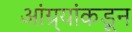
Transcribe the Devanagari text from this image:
आंग्र्‌यांकडून